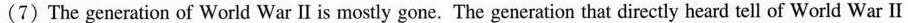
(7)The generation of World War Ⅱis mostly gone. The generation that directly heard tell of World War Ⅱ